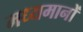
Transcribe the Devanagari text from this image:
मध्यमानों